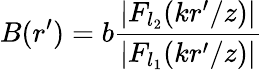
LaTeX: B(r^{\prime})=b\frac{|F_{l_{2}}(kr^{\prime}/z)|}{|F_{l_{1}}(kr^{\prime}/z)|}